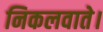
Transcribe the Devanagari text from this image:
निकलवाते।